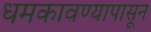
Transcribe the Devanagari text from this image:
धमकावण्यापासून